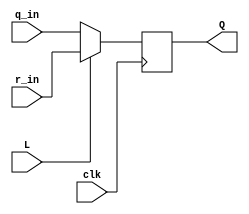
module top_module(
    input clk,
    input L,
    input r_in,
    input q_in,
    output reg Q
);
    always @(posedge clk)begin
        Q <= (L?r_in:q_in);
    end
endmodule